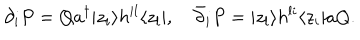
LaTeX: \partial _ { i } P = Q a ^ { \dagger } | z _ { i } \rangle h ^ { i l } \langle z _ { l } | , \quad \bar { \partial } _ { i } P = | z _ { l } \rangle h ^ { l i } \langle z _ { i } | a Q .